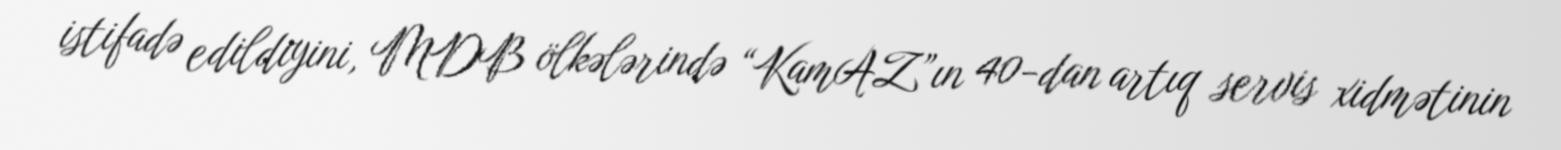
istifadə edildiyini, MDB ölkələrində “KamAZ”ın 40-dan artıq servis xidmətinin